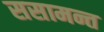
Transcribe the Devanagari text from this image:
ससामन्त